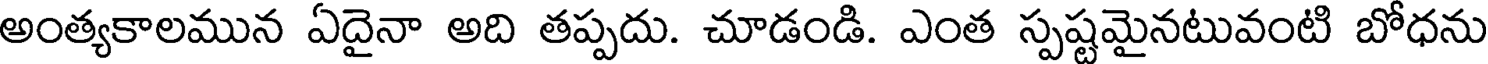
అంత్యకాలమున ఏదైనా అది తప్పదు. చూడండి. ఎంత స్పష్టమైనటువంటి బోధను